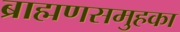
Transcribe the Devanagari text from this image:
ब्राह्मणसमुहका